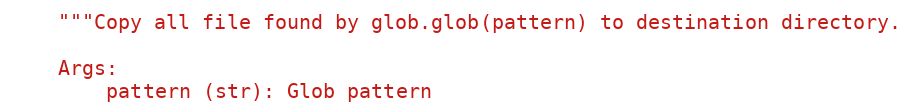
Language: Python
    """Copy all file found by glob.glob(pattern) to destination directory.

    Args:
        pattern (str): Glob pattern